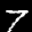
Label: 7